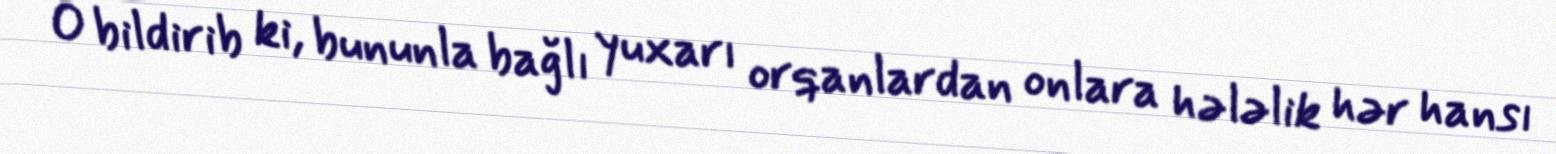
O bildirib ki, bununla bağlı yuxarı orqanlardan onlara hələlik hər hansı